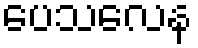
ပေသလေန